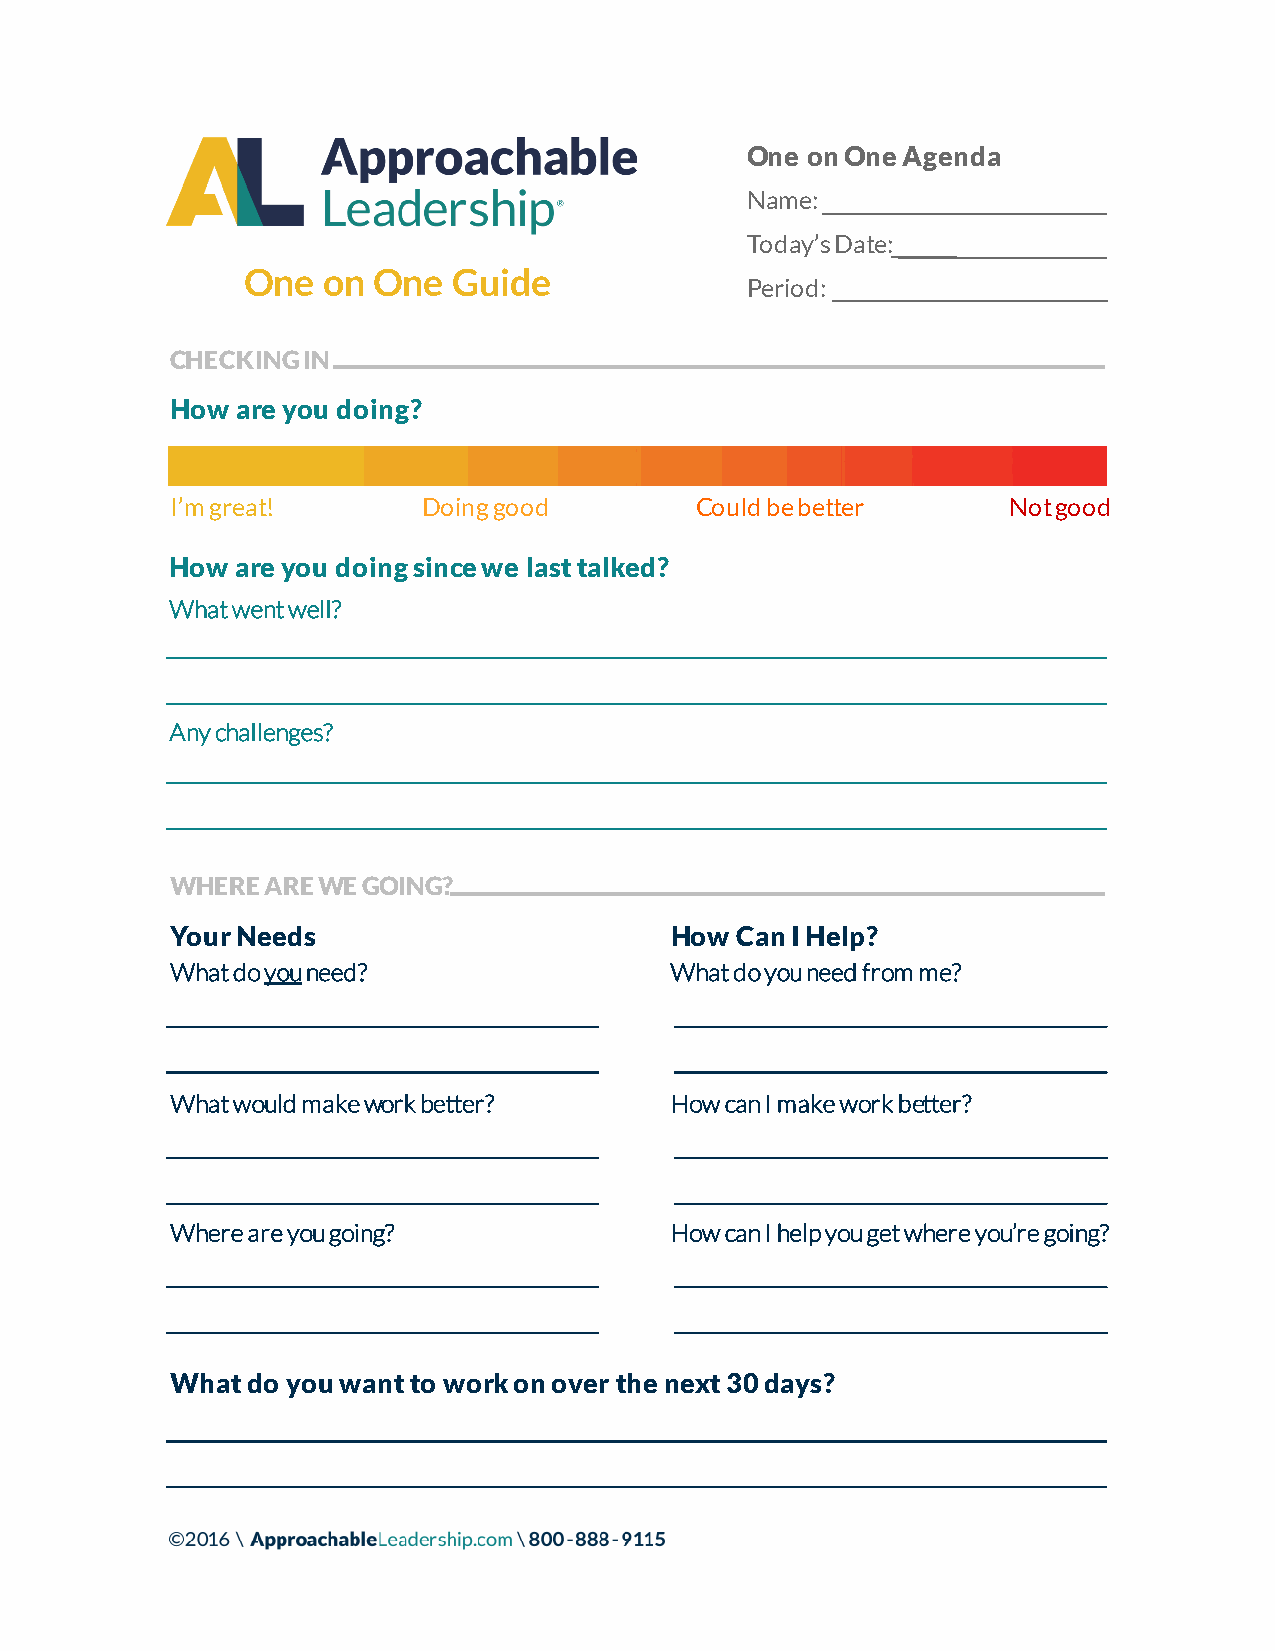
One on One Agenda
 Name:
 Today’s Date:
 One  on  One  Guide
 Period:
 CHECKING IN
 How  are you doing?
 I’m great!       Doing good        Could be better      Not good
 How  are you doing since we last talked?
 What went well?
 Any challenges?
 WHERE  ARE WE GOING?
 Your Needs                       How  Can I Help?
 What do youneed?                 What do you need from me?
 What would make work better?     How can I make work better?
 Where are you going?             How can I help you get where you’re going?
 What do you want to work on over the next 30 days?